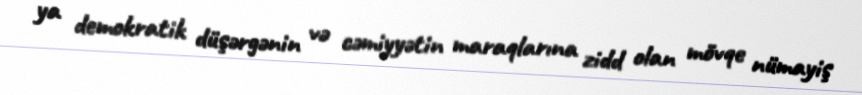
ya demokratik düşərgənin və cəmiyyətin maraqlarına zidd olan mövqe nümayiş